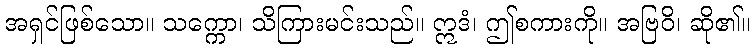
အရှင်ဖြစ်သော။ သက္ကော၊ သိကြားမင်းသည်။ ဣဒံ၊ ဤစကားကို။ အဗြဝိ၊ ဆို၏။